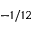
- 1 / 1 2